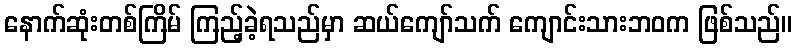
နောက်ဆုံးတစ်ကြိမ် ကြည့်ခဲ့ရသည်မှာ ဆယ်ကျော်သက် ကျောင်းသားဘဝက ဖြစ်သည်။